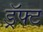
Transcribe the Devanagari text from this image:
ड्रॅफ्ट